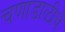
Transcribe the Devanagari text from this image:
चणाडाळीचे